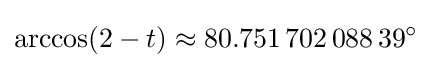
\arccos(2-t)\approx 80.751\,702\,088\,39^{\circ }